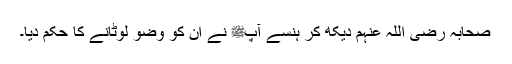
صحابہ رضی اللہ عنہم دیکھ کر ہنسے آپﷺ نے ان کو وضو لوٹانے کا حکم دیا۔